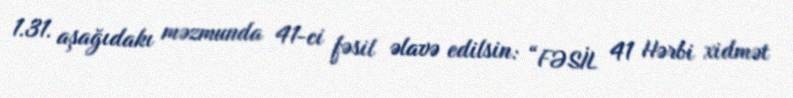
1.31. aşağıdakı məzmunda 41-ci fəsil əlavə edilsin: “FƏSİL 41 Hərbi xidmət